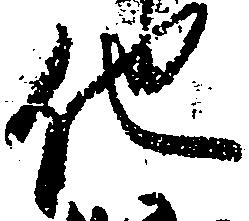
他